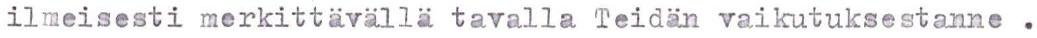
ilmeisesti merkittavällä tavalla Teidän vaikutuksestanne .